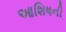
આશિષની